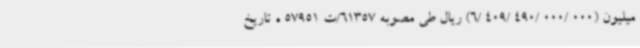
میلیون (000 /000 /490 /409 /6) ریال طی مصوبه 61357/ت 57951 ه تاریخ